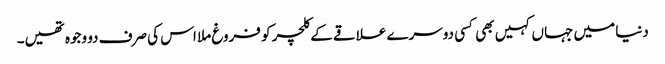
دنیا میں جہاں کہیں بھی کسی دوسرے علاقے کے کلچر کو فروغ ملا اس کی صرف دو وجوہ تھیں۔